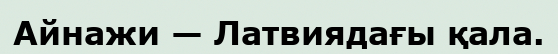
Айнажи — Латвиядағы қала.